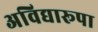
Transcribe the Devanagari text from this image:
अविद्यारूपा